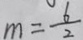
m = \frac { 6 } { 2 }